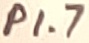
Text: P1.7